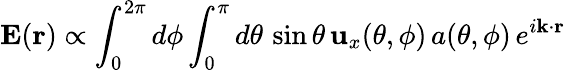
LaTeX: \mathbf{E}(\mathbf{r})\propto\int_{0}^{2\pi}d\phi\int_{0}^{\pi}d\theta\, \sin\theta\, \mathbf{u}_{x}(\theta,\phi)\, a(\theta,\phi)\, e^{i\mathbf{k}\cdot\mathbf{r}}